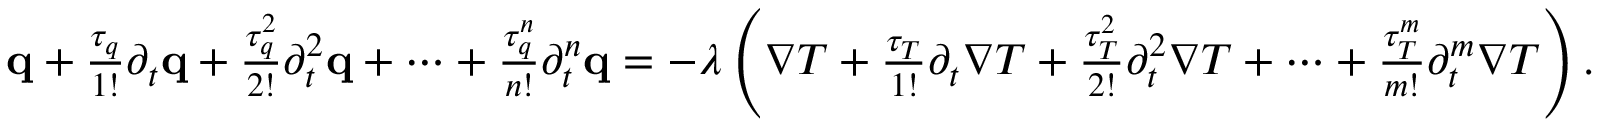
\begin{array} { r } { \mathbf q + \frac { \tau _ { q } } { 1 ! } \partial _ { t } \mathbf q + \frac { \tau _ { q } ^ { 2 } } { 2 ! } \partial _ { t } ^ { 2 } \mathbf q + \dots + \frac { \tau _ { q } ^ { n } } { n ! } \partial _ { t } ^ { n } \mathbf q = - \lambda \left( \nabla T + \frac { \tau _ { T } } { 1 ! } \partial _ { t } \nabla T + \frac { \tau _ { T } ^ { 2 } } { 2 ! } \partial _ { t } ^ { 2 } \nabla T + \dots + \frac { \tau _ { T } ^ { m } } { m ! } \partial _ { t } ^ { m } \nabla T \right) . } \end{array}